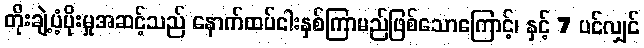
တိုးချဲ့ပံ့ပိုးမှုအဆင့်သည် နောက်ထပ်ငါးနှစ်ကြာမည်ဖြစ်သောကြောင့်၊ နှင့် 7 ပင်လျှင်